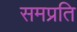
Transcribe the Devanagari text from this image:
समप्रति